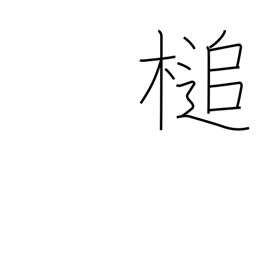
Meaning: hammer